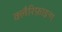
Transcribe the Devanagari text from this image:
क्लैरिफ़ाइन्ग